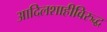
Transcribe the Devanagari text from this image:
आदिलशाहीविरुद्ध